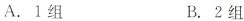
A.1组 B.2组